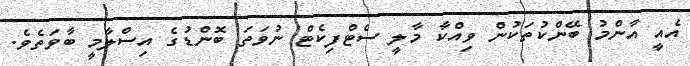
އެއީ އާންމު ބޭންކުތަކުން ވިއްކާ މާލީ ސެޓްފިކެޓް ނުވަތަ ބޮންޑުގެ އިސްލާމީ ބާވަތެވެ.